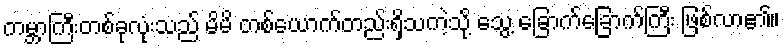
ကမ္ဘာကြီးတစ်ခုလုံးသည် မိမိ တစ်ယောက်တည်းရှိသကဲ့သို့ သွေ့ ခြောက်ခြောက်ကြီး ဖြစ်လာ၏။